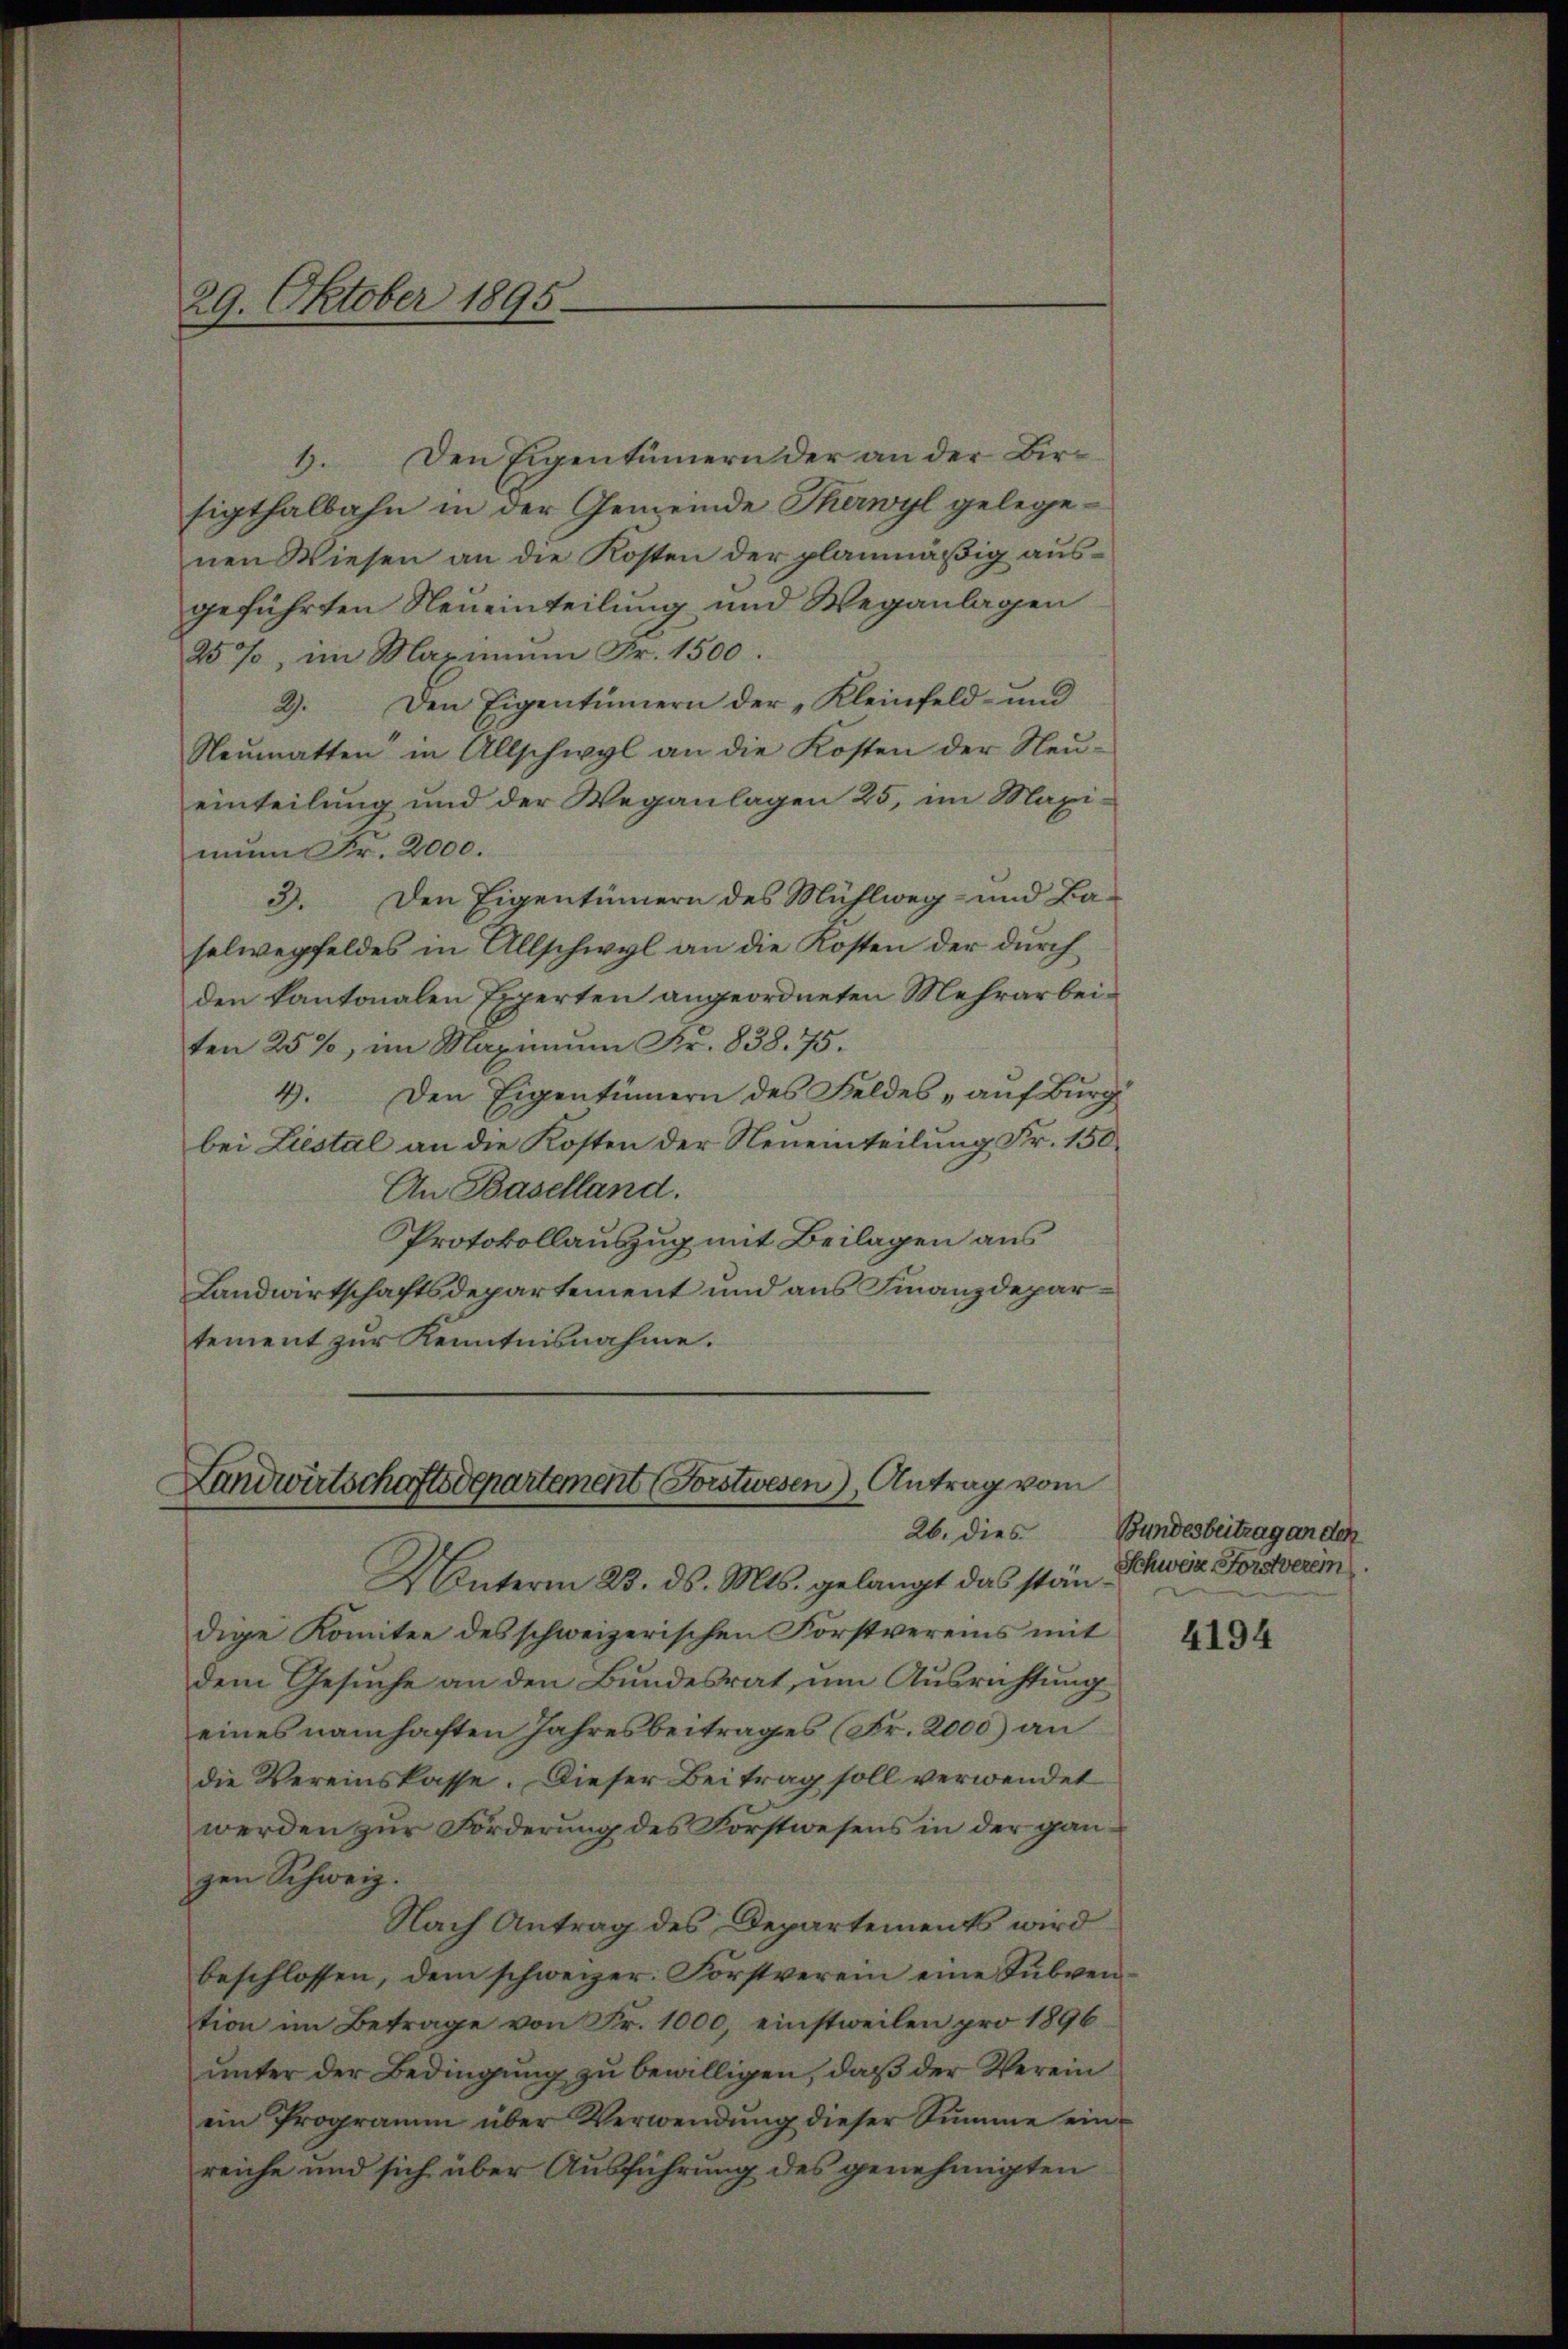
29. Oktober 1895.

Den Eigentümern der an der Bir¬
4.
sigthalbahn in der Gemeinde Therwyl gelegenen Wiesen an die Kosten der planmäßig ausgeführten Neueinteilung und Weganlagen
25%, im Maximum Fr. 1500.
2). Den Eigentümern der „Kleinfeld- und
Neŭmatten in Allschwyl an die Kosten der Neŭ-
einteilung und der Weganlagen 25, im Maximnn Fr. 2000.
3. Den Eigentümern des Mühlweg- und Ba-
selwegfeldes in Allschwyl an die Kosten der durch
den kantonalen Experten angeordneten Mehrarbeiten 25%, im Maximŭm Fr. 838. 75.
4. Den Eigentümern des Feldes „auf Burg
bei Liestal an die Kosten der Neueinteilung Fr. 150.
An Baselland.
Protokollauszug mit Beilagen aus
Landwirtschaftsdepartement und aus Finanzdepartement zur Kenntnisnahme.

Landwirtschaftsdepartement (Forstwesen), Antrag vom

Unterm 23. ds. Mts. gelangt das ständige Komitee des schweizerischen Forstvereins mit
dem Gesuche an den Bundesrat, um Ausrichtung
eines namhaften Jahresbeitrages (Fr. 2000) an
die Vereinskasse. Dieser Beitrag soll verwendet
werden zur Förderung des Forstwesens in der ganzen Schweiz.
Nach Antrag des Departements wird
beschlossen, dem schweizer. Forstverein eine Subvention im Betrage von Fr. 1000 einstweilen pro 1896
unter der Bedingung zu bewilligen, daß der Verein
ein Programm über Verwendŭng dieser Summe einreiche und sich über Ausführung des genehmigten

26. dies Bundesbeitrag an den
Schwere Forsterein

4194